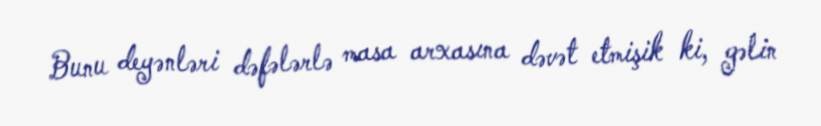
Bunu deyənləri dəfələrlə masa arxasına dəvət etmişik ki, gəlin